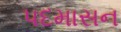
પદમાસન